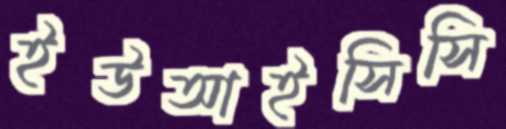
ইউআইসিসি